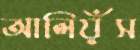
আলিয়ঁস